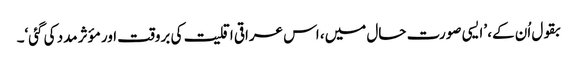
بقول اُن کے، ’ایسی صورت حال میں، اس عراقی اقلیت کی بروقت اور مؤثر مدد کی گئی‘۔